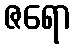
ဇရော